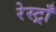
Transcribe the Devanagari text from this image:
रेस्ट्राँ